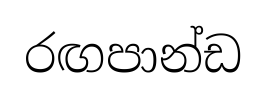
රඟපාන්ඩ